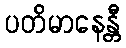
ပတိမာနေန္တီ